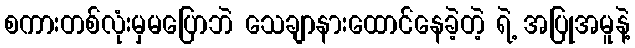
စကားတစ်လုံးမှမပြောဘဲ သေချာနားထောင်နေခဲ့တဲ့ ရဲ့ အပြုအမူနဲ့